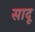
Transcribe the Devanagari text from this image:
सादू